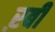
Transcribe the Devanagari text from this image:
ऱबी